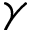
\gamma